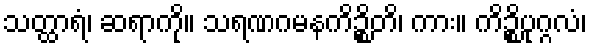
သတ္ထာရံ၊ ဆရာကို။ သရဏဂမနကိဉ္စိတိ၊ ကား။ ကိဉ္စိပုဂ္ဂလံ၊